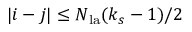
| i - j | \leq N _ { \mathrm { l a } } ( k _ { s } - 1 ) / 2